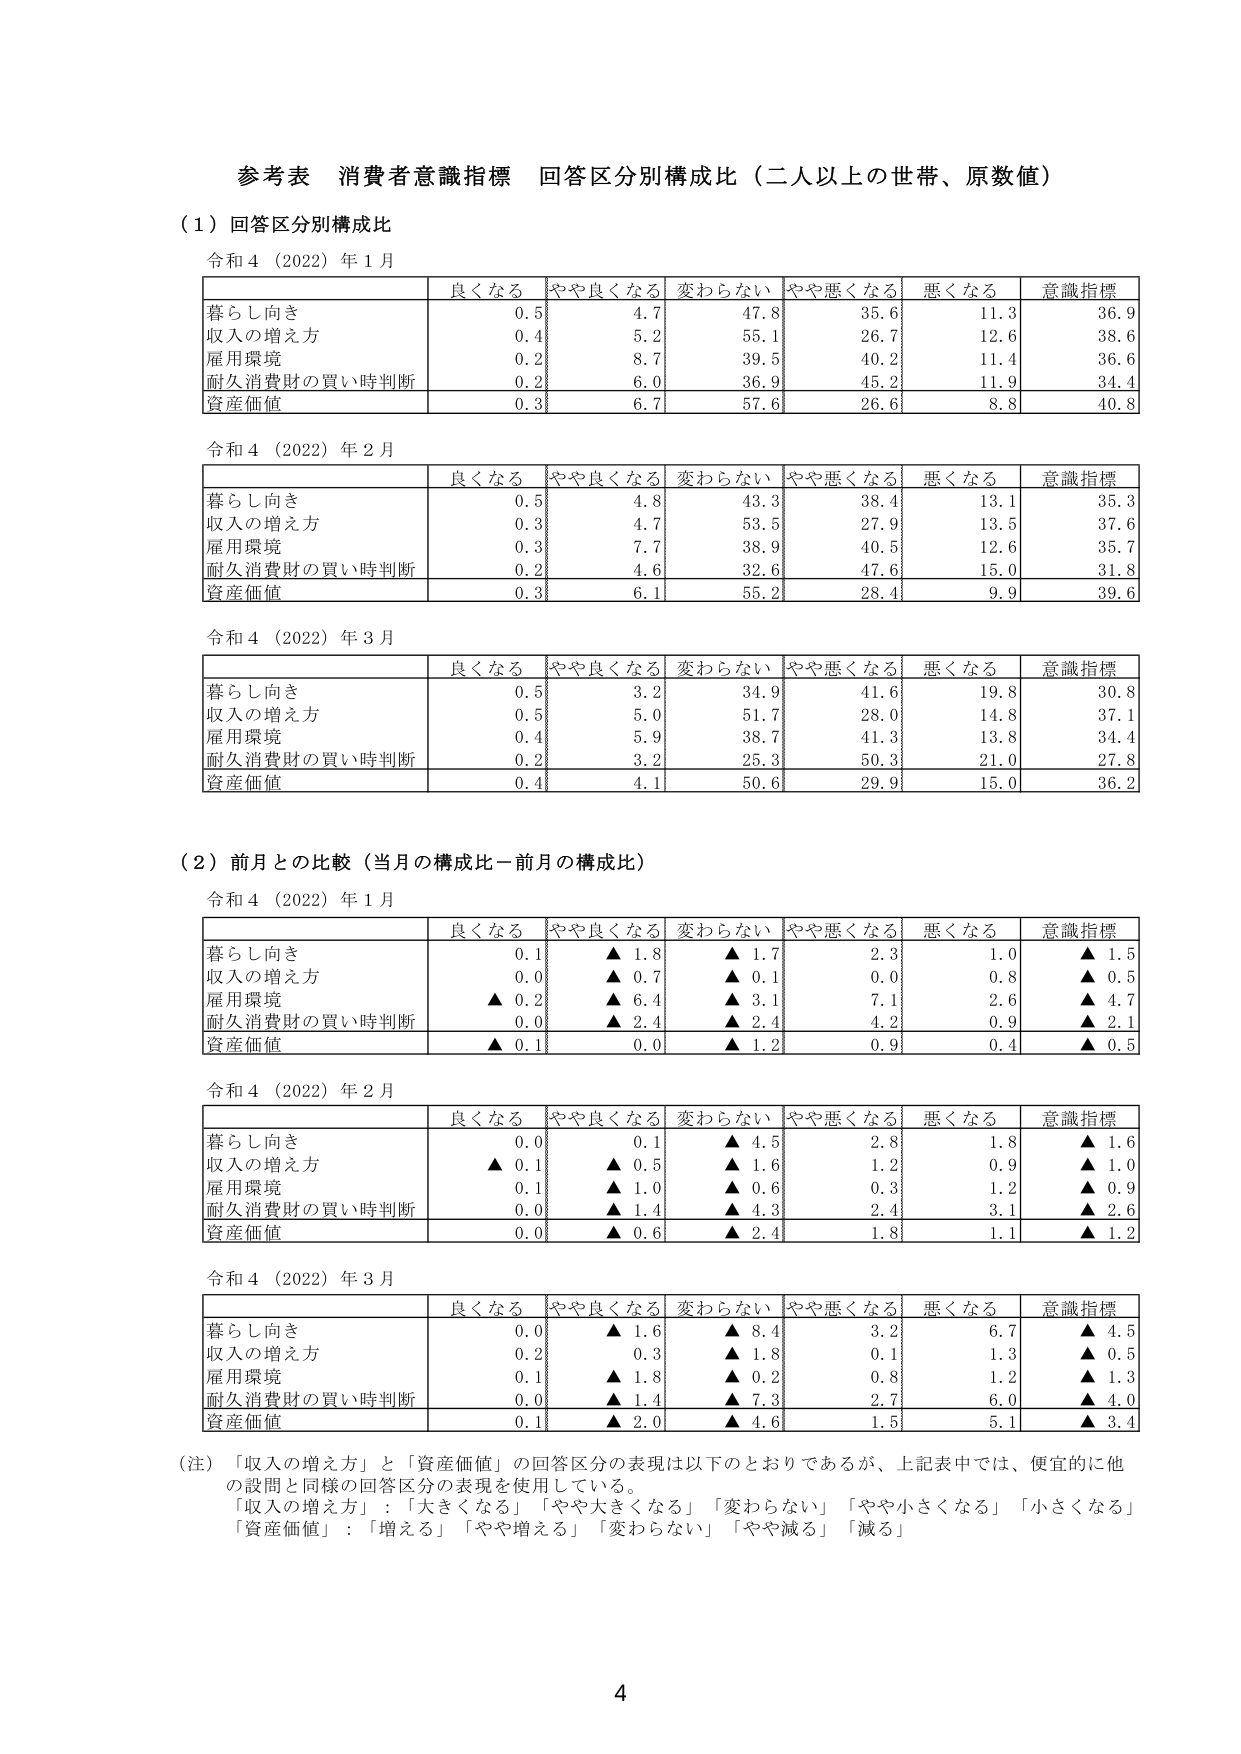
参考表 消費者意識指標 回答区分別構成比（二人以上の世帯、原数値）

（１）回答区分別構成比

令和４（2022）年１月

| | 良くなる | やや良くなる | 変わらない | やや悪くなる | 悪くなる | 意識指標 |
|---|---|---|---|---|---|---|
| 暮らし向き | 0.5 | 4.7 | 47.8 | 35.6 | 11.3 | 36.9 |
| 収入の増え方 | 0.4 | 5.2 | 55.1 | 26.7 | 12.6 | 38.6 |
| 雇用環境 | 0.2 | 8.7 | 39.5 | 40.2 | 11.4 | 36.6 |
| 耐久消費財の買い時判断 | 0.2 | 6.0 | 36.9 | 45.2 | 11.9 | 34.4 |
| 資産価値 | 0.3 | 6.7 | 57.6 | 26.6 | 8.8 | 40.8 |

令和４（2022）年２月

| | 良くなる | やや良くなる | 変わらない | やや悪くなる | 悪くなる | 意識指標 |
|---|---|---|---|---|---|---|
| 暮らし向き | 0.5 | 4.8 | 43.3 | 38.4 | 13.1 | 35.3 |
| 収入の増え方 | 0.3 | 4.7 | 53.5 | 27.9 | 13.5 | 37.6 |
| 雇用環境 | 0.3 | 7.7 | 38.9 | 40.5 | 12.6 | 35.7 |
| 耐久消費財の買い時判断 | 0.2 | 4.6 | 32.6 | 47.6 | 15.0 | 31.8 |
| 資産価値 | 0.3 | 6.1 | 55.2 | 28.4 | 9.9 | 39.6 |

令和４（2022）年３月

| | 良くなる | やや良くなる | 変わらない | やや悪くなる | 悪くなる | 意識指標 |
|---|---|---|---|---|---|---|
| 暮らし向き | 0.5 | 3.2 | 34.9 | 41.6 | 19.8 | 30.8 |
| 収入の増え方 | 0.5 | 5.0 | 51.7 | 28.0 | 14.8 | 37.1 |
| 雇用環境 | 0.4 | 5.9 | 38.7 | 41.3 | 13.8 | 34.4 |
| 耐久消費財の買い時判断 | 0.2 | 3.2 | 25.3 | 50.3 | 21.0 | 27.8 |
| 資産価値 | 0.4 | 4.1 | 50.6 | 29.9 | 15.0 | 36.2 |

（２）前月との比較（当月の構成比－前月の構成比）

令和４（2022）年１月

| | 良くなる | やや良くなる | 変わらない | やや悪くなる | 悪くなる | 意識指標 |
|---|---|---|---|---|---|---|
| 暮らし向き | 0.1 | ▲ 1.8 | ▲ 1.7 | 2.3 | 1.0 | ▲ 1.5 |
| 収入の増え方 | 0.0 | ▲ 0.7 | ▲ 0.1 | 0.0 | 0.8 | ▲ 0.5 |
| 雇用環境 | ▲ 0.2 | ▲ 6.4 | ▲ 3.1 | 7.1 | 2.6 | ▲ 4.7 |
| 耐久消費財の買い時判断 | 0.0 | ▲ 2.4 | ▲ 2.4 | 4.2 | 0.9 | ▲ 2.1 |
| 資産価値 | ▲ 0.1 | 0.0 | ▲ 1.2 | 0.9 | 0.4 | ▲ 0.5 |

令和４（2022）年２月

| | 良くなる | やや良くなる | 変わらない | やや悪くなる | 悪くなる | 意識指標 |
|---|---|---|---|---|---|---|
| 暮らし向き | 0.0 | 0.1 | ▲ 4.5 | 2.8 | 1.8 | ▲ 1.6 |
| 収入の増え方 | ▲ 0.1 | ▲ 0.5 | ▲ 1.6 | 1.2 | 0.9 | ▲ 1.0 |
| 雇用環境 | 0.1 | ▲ 1.0 | ▲ 0.6 | 0.3 | 1.2 | ▲ 0.9 |
| 耐久消費財の買い時判断 | 0.0 | ▲ 1.4 | ▲ 4.3 | 2.4 | 3.1 | ▲ 2.6 |
| 資産価値 | 0.0 | ▲ 0.6 | ▲ 2.4 | 1.8 | 1.1 | ▲ 1.2 |

令和４（2022）年３月

| | 良くなる | やや良くなる | 変わらない | やや悪くなる | 悪くなる | 意識指標 |
|---|---|---|---|---|---|---|
| 暮らし向き | 0.0 | ▲ 1.6 | ▲ 8.4 | 3.2 | 6.7 | ▲ 4.5 |
| 収入の増え方 | 0.2 | 0.3 | ▲ 1.8 | 0.1 | 1.3 | ▲ 0.5 |
| 雇用環境 | 0.1 | ▲ 1.8 | ▲ 0.2 | 0.8 | 1.2 | ▲ 1.3 |
| 耐久消費財の買い時判断 | 0.0 | ▲ 1.4 | ▲ 7.3 | 2.7 | 6.0 | ▲ 4.0 |
| 資産価値 | 0.1 | ▲ 2.0 | ▲ 4.6 | 1.5 | 5.1 | ▲ 3.4 |

（注）「収入の増え方」と「資産価値」の回答区分の表現は以下のとおりであるが、上記表中では、便宜的に他の設問と同様の回答区分の表現を使用している。
「収入の増え方」：「大きくなる」「やや大きくなる」「変わらない」「やや小さくなる」「小さくなる」
「資産価値」：「増える」「やや増える」「変わらない」「やや減る」「減る」

4